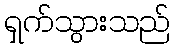
ရှက်သွားသည်